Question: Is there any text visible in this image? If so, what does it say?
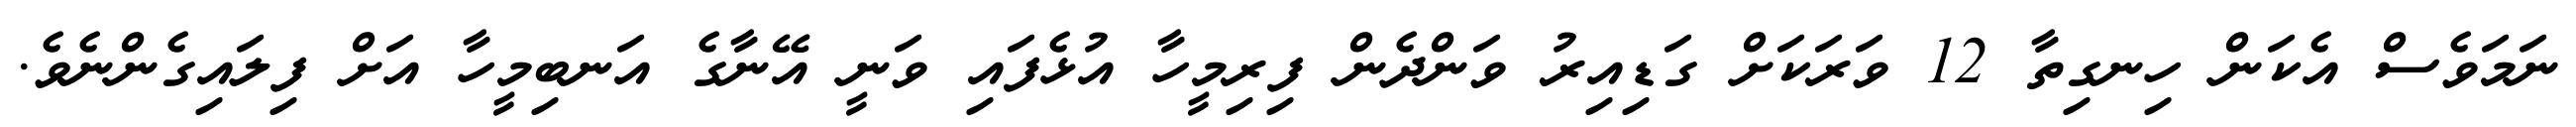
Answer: ނަމަވެސް އެކަން ހިނގިތާ 12 ވަރަކަށް ގަޑިއިރު ވަންދެން ފިރިމީހާ އުޅެފައި ވަނީ އޭނާގެ އަނބިމީހާ އަށް ފިލައިގެންނެވެ.